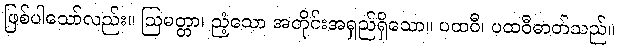
ဖြစ်ပါသော်လည်း။ ဩမတ္တာ၊ ညံ့သော အတိုင်းအရှည်ရှိသော။ ပထဝီ၊ ပထဝီဓာတ်သည်။